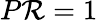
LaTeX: P\mathcal{R}=1